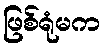
ဖြစ်ရုံမက